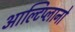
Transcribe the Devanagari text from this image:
आल्टिप्लानो